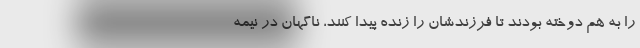
را به هم دوخته بودند تا فرزندشان را زنده پیدا کنند، ناگهان در نیمه